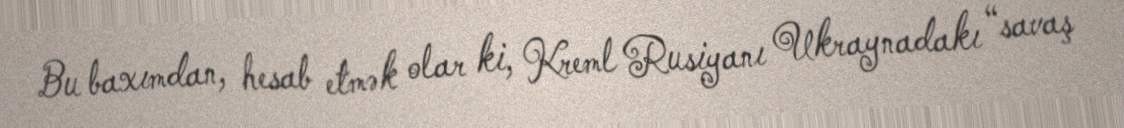
Bu baxımdan, hesab etmək olar ki, Kreml Rusiyanı Ukraynadakı “savaş